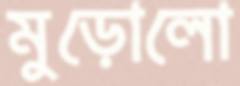
মুড়োলো